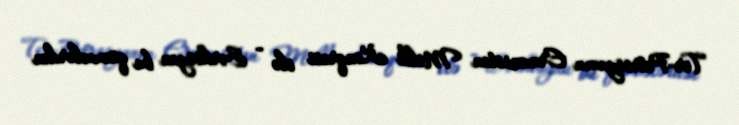
Ter-Petrosyanın Ermənistan Milli Konqresi ilə - Sərkisyan bu qüvvələrdən